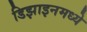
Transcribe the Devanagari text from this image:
डिझाइनमध्ये